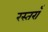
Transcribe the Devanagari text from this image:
रस्तराँ